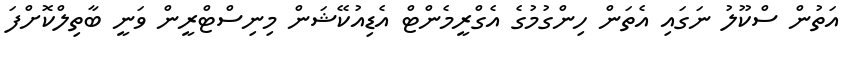
އަތުން ސްކޫލު ނަގައި އެތަން ހިންގުމުގެ އެގްރީމެންޓް އެޑިއުކޭޝަން މިނިސްޓްރީން ވަނީ ބާތިލްކޮށްފަ